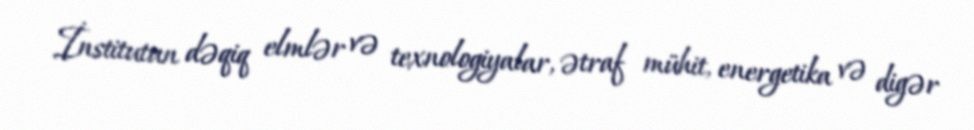
İnstitutun dəqiq elmlər və texnologiyalar, ətraf mühit, energetika və digər